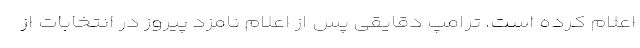
اعلام کرده است. ترامپ دقایقی پس از اعلام نامزد پیروز در انتخابات از